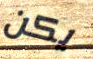
يكن